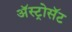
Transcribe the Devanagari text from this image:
अॅस्ट्रोसॅट